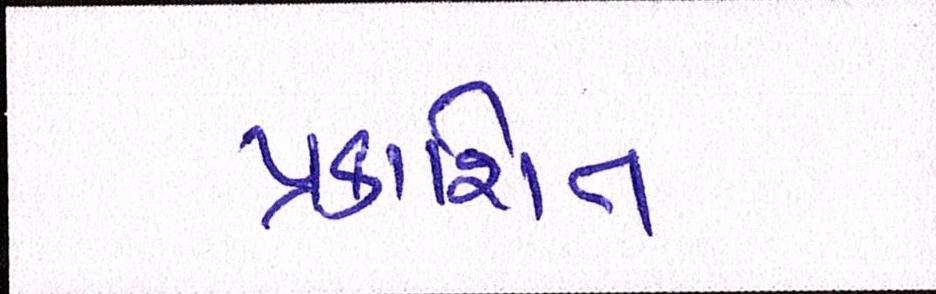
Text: પ્રકાશિત